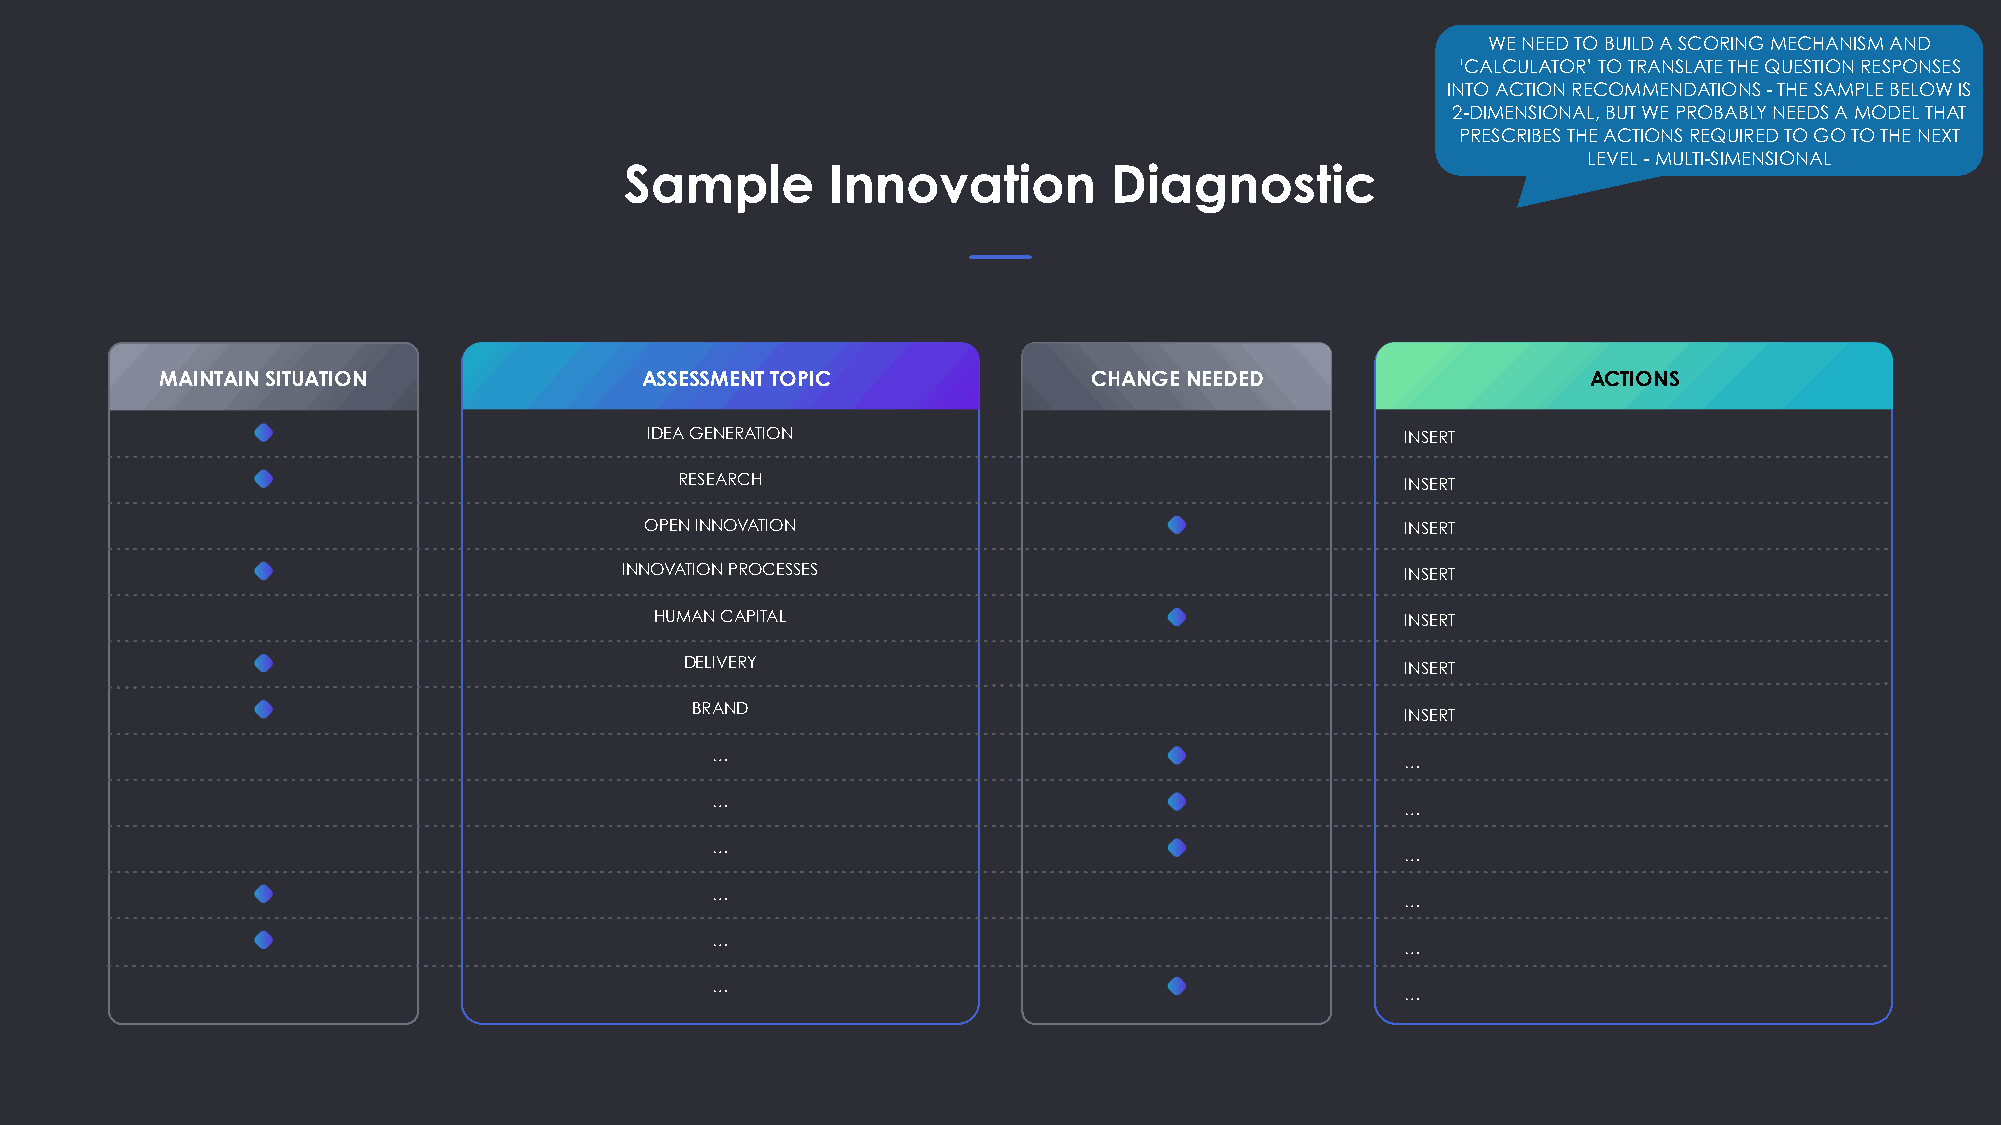
WE NEED TO BUILD A SCORING MECHANISM AND
 ‘CALCULATOR’ TO TRANSLATE THE QUESTION RESPONSES
 INTO ACTION RECOMMENDATIONS - THE SAMPLE BELOW IS
 2-DIMENSIONAL, BUT WE PROBABLY NEEDS A MODEL THAT
 PRESCRIBES THE ACTIONS REQUIRED TO GO TO THE NEXT
 LEVEL - MULTI-SIMENSIONAL
 Sample        Innovation        Diagnostic
 MAINTAIN SITUATION             ASSESSMENT TOPIC              CHANGE NEEDED                    ACTIONS
 IDEA GENERATION                                   INSERT
 RESEARCH                                        INSERT
 OPEN INNOVATION                                   INSERT
 INNOVATION PROCESSES                                INSERT
 HUMAN CAPITAL                                     INSERT
 DELIVERY                                        INSERT
 BRAND
 INSERT
 …
 …
 …
 …
 …
 …
 …
 …
 …
 …
 …
 …